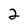
Character: 2